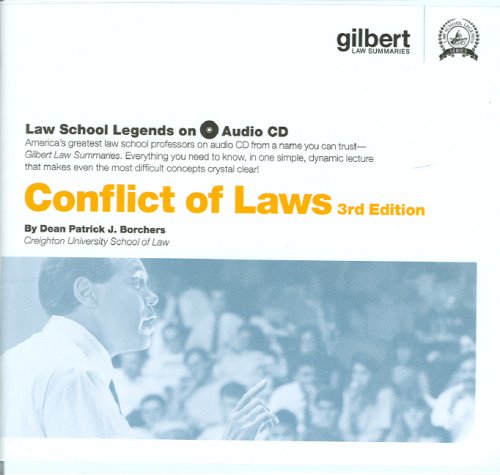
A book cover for Conflict of Laws (Law School Legends Audio Series); Patrick Borchers; Law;